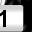
Digit: 1